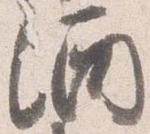
酒